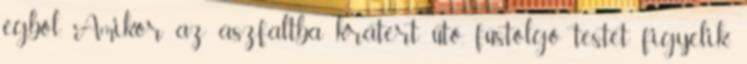
égből. Amikor az aszfaltba krátert ütő, füstölgő testet figyelik,